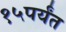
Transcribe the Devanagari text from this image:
१५पर्यंत